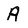
Character: A